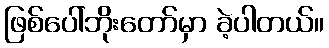
ဖြစ်ပေါ်ဘိုးတော်မှာ ခဲ့ပါတယ်။